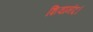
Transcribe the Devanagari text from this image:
शिवानंद।